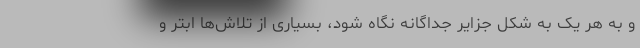
و به هر یک به شکل جزایر جداگانه نگاه شود، بسیاری از تلاش‌ها ابتر و